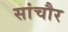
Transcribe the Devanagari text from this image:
सांचौर